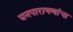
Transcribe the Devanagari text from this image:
घनपारायणांचा